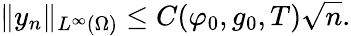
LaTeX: \lVert y_{n}\rVert_{L^{\infty}(\Omega)}\leq C(\varphi_{0},g_{0},T)\sqrt{n}.